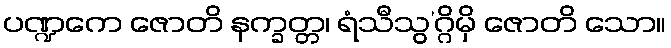
ပဏ္ဍကေ ဇောတိ နက္ခတ္တ၊ ရံသီသွ’ဂ္ဂိမှိ ဇောတိ သော။